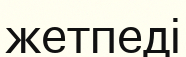
жетпеді